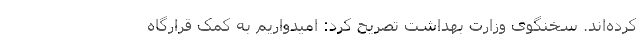
کرده‌اند. سخنگوی وزارت بهداشت تصریح کرد: امیدواریم به کمک قرارگاه